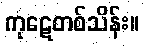
ကုဋေတစ်သိန်း။